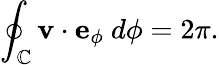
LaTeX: \oint_{\mathbb{C}}\mathbf{{v}}\cdot\mathbf{{e}}_{\phi}~d{\phi}=2\pi.